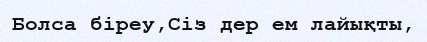
Болса біреу,Сіз дер ем лайықты,